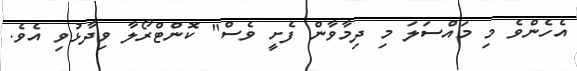
އެހެންވެ މި މައްސަލަ މި ދިމާވާން ފެށީ ވެސް" ކޮންޓްރޯލާ ވިދާޅުވި އެވެ.